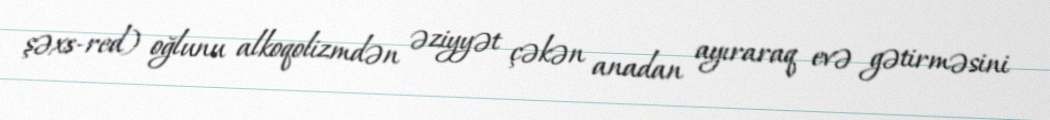
şəxs-red) oğlunu alkoqolizmdən əziyyət çəkən anadan ayıraraq evə gətirməsini